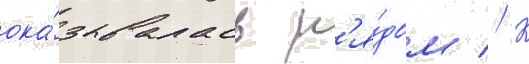
ока́зывалась р'я́дом // К